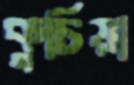
কুচিয়া